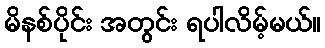
မိနစ်ပိုင်း အတွင်း ရပါလိမ့်မယ်။